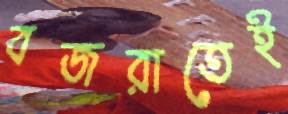
বজরাতেই